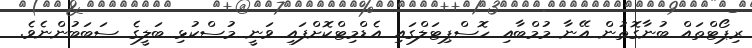
ރިޕޯޓްތައް ބުނާގޮތުން އޭނާ މުމްބާއި ހޮސްޕިޓަލްގައި އެޑްމިޓްކޮށްފައި ވަނީ މުސްކުޅި ބަލީގެ ސަބަބުންނެވެ.